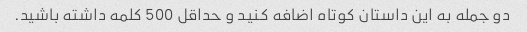
دو جمله به این داستان کوتاه اضافه کنید و حداقل 500 کلمه داشته باشید.